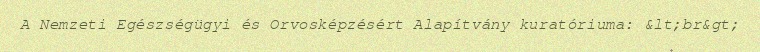
A Nemzeti Egészségügyi és Orvosképzésért Alapítvány kuratóriuma: &lt;br&gt;